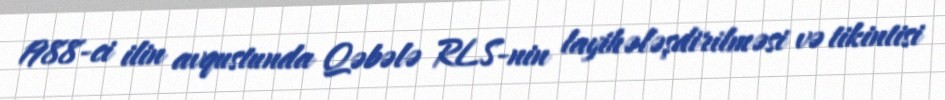
1988-ci ilin avqustunda Qəbələ RLS-nin layihələşdirilməsi və tikintisi